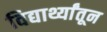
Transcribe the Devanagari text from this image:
विद्यार्थ्यांतून